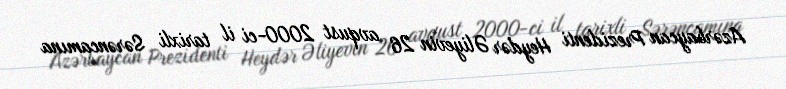
Azərbaycan Prezidenti Heydər Əliyevin 26 avqust 2000-ci il tarixli Sərəncamına